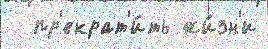
  пр'екрат'и́ть жи́зн'и